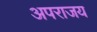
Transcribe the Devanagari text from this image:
अपराजय